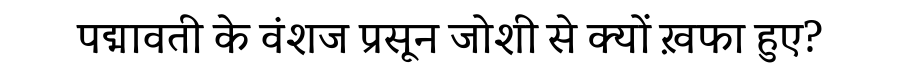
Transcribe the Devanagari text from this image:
पद्मावती के वंशज प्रसून जोशी से क्यों ख़फा हुए?